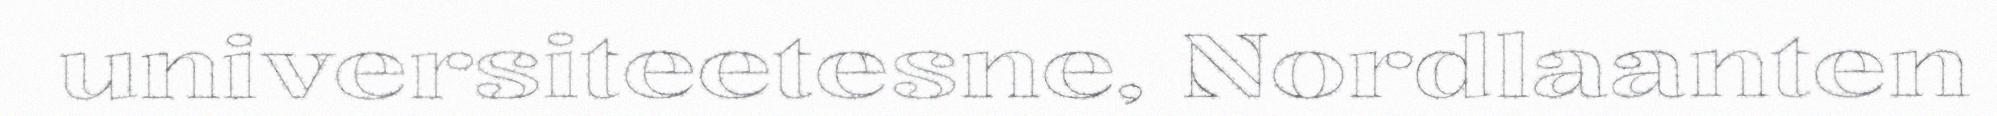
universiteetesne, Nordlaanten